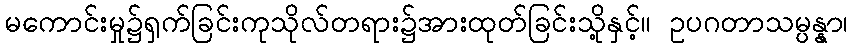
မကောင်းမှု၌ရှက်ခြင်းကုသိုလ်တရား၌အားထုတ်ခြင်းသို့နှင့်။ ဥပဂတာသမ္ပန္နာ၊